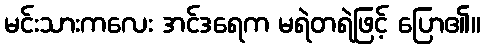
မင်းသားကလေး အင်ဒရေက မရဲတရဲဖြင့် ပြော၏။